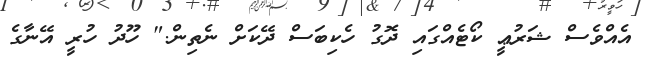
އެއްވެސް ޝަރުޢީ ކޯޓެއްގައި ދޮގު ހެކިބަސް ދޭކަށް ނެތިން." ހޫދު ހުރީ އޭނާގެ